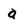
Character: a